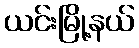
ယင်းမြို့နယ်